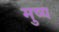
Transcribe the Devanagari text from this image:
मुष्य